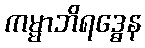
ကမ္မာဘိရဒ္ဓေန